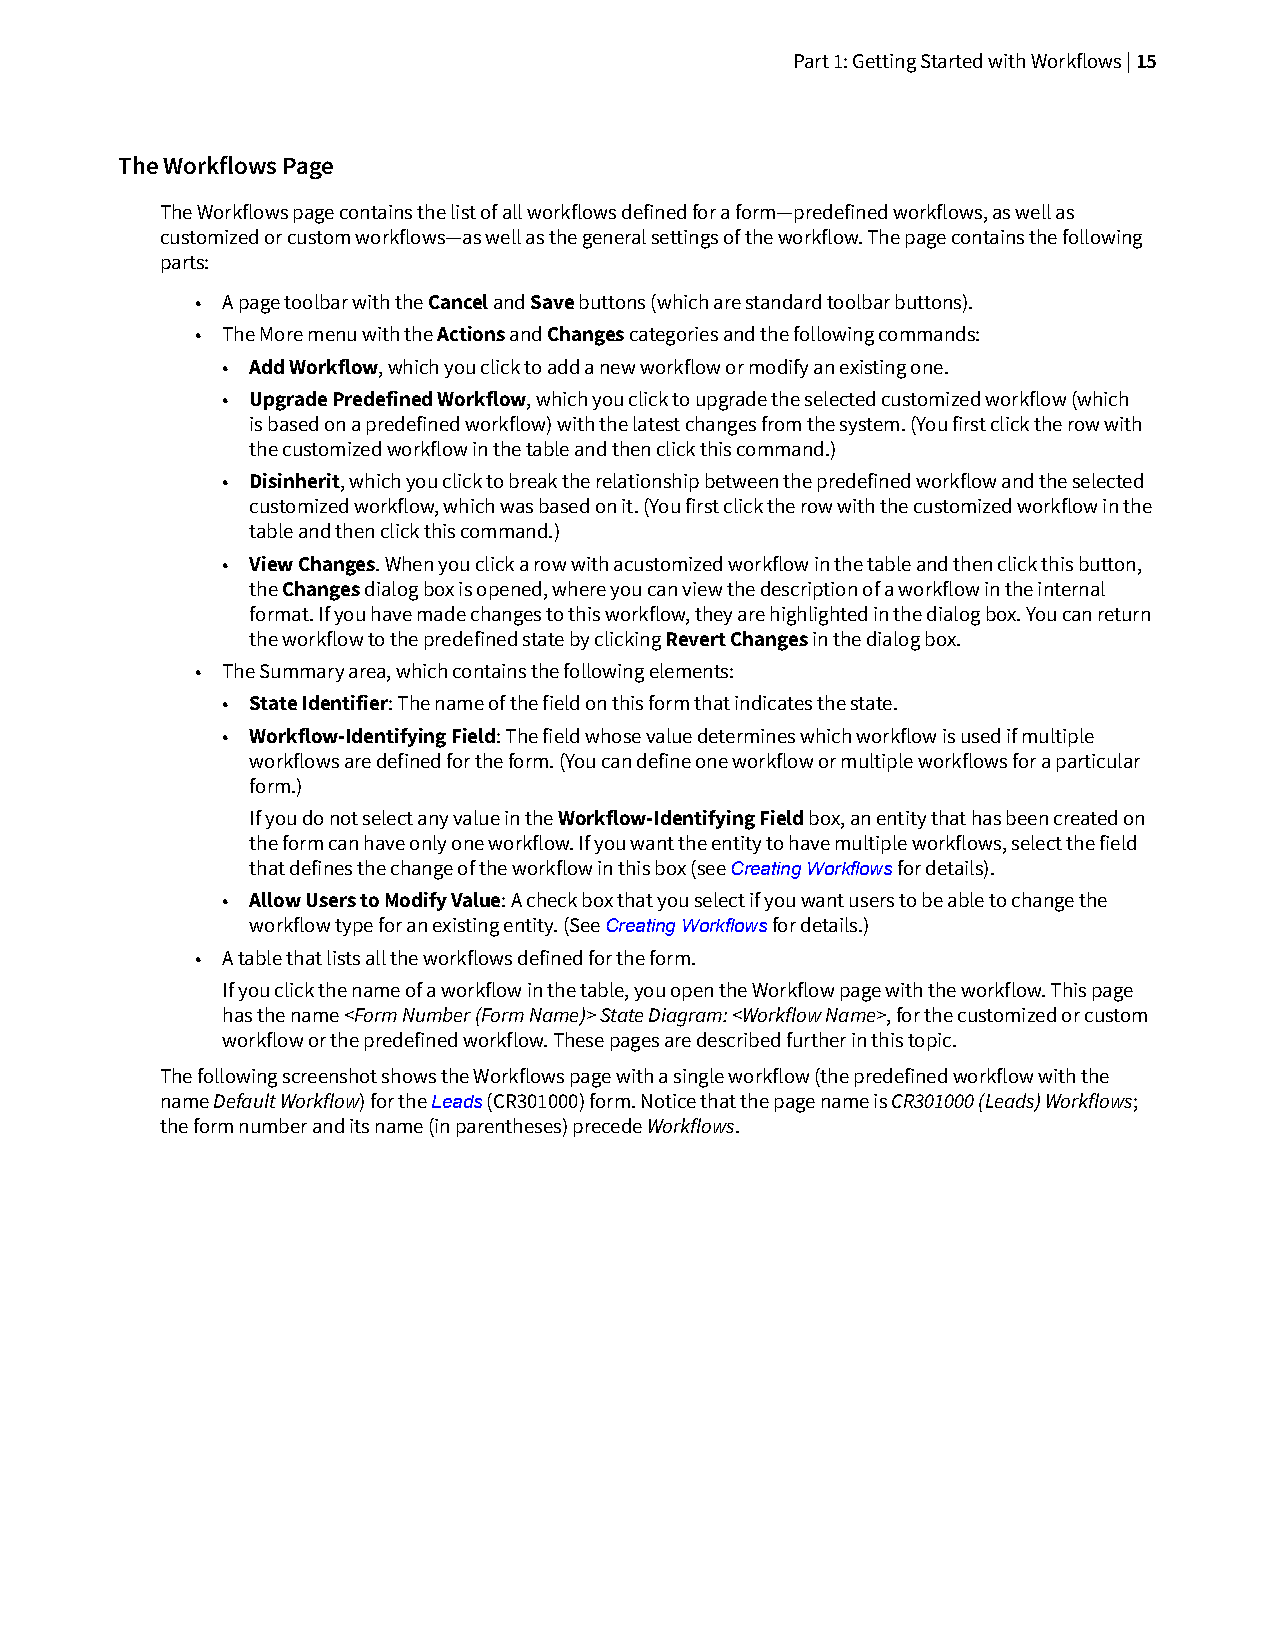
Part 1: Getting Started with Workflows | 15
 The Workflows Page
 The Workflows page contains the list of all workflows defined for a form—predefined workflows, as well as
 customized or custom workflows—as well as the general settings of the workflow. The page contains the following
 parts:
 • A page toolbar with the Cancel and Save buttons (which are standard toolbar buttons).
 • The More menu with the Actions and Changes categories and the following commands:
 • Add Workflow, which you click to add a new workflow or modify an existing one.
 • Upgrade Predefined Workflow, which you click to upgrade the selected customized workflow (which
 is based on a predefined workflow) with the latest changes from the system. (You first click the row with
 the customized workflow in the table and then click this command.)
 • Disinherit, which you click to break the relationship between the predefined workflow and the selected
 customized workflow, which was based on it. (You first click the row with the customized workflow in the
 table and then click this command.)
 • View Changes. When you click a row with acustomized workflow in the table and then click this button,
 the Changes dialog box is opened, where you can view the description of a workflow in the internal
 format. If you have made changes to this workflow, they are highlighted in the dialog box. You can return
 the workflow to the predefined state by clicking Revert Changes in the dialog box.
 • The Summary area, which contains the following elements:
 • State Identifier: The name of the field on this form that indicates the state.
 • Workflow-Identifying Field: The field whose value determines which workflow is used if multiple
 workflows are defined for the form. (You can define one workflow or multiple workflows for a particular
 form.)
 If you do not select any value in the Workflow-Identifying Field box, an entity that has been created on
 the form can have only one workflow. If you want the entity to have multiple workflows, select the field
 that defines the change of the workflow in this box (see Creating Workflows for details).
 • Allow Users to Modify Value: A check box that you select if you want users to be able to change the
 workflow type for an existing entity. (See Creating Workflows for details.)
 • A table that lists all the workflows defined for the form.
 If you click the name of a workflow in the table, you open the Workflow page with the workflow. This page
 has the name <Form Number (Form Name)> State Diagram: <Workflow Name>, for the customized or custom
 workflow or the predefined workflow. These pages are described further in this topic.
 The following screenshot shows the Workflows page with a single workflow (the predefined workflow with the
 name Default Workflow) for the Leads (CR301000) form. Notice that the page name is CR301000 (Leads) Workflows;
 the form number and its name (in parentheses) precede Workflows.